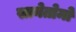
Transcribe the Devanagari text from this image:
सानेतोमो